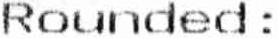
ROUNDED :